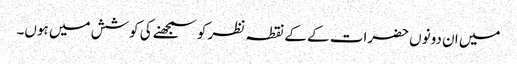
میں ان دونوں حضرات کے کے نقطہ نظر کو سمجھنے کی کوشش میں ہوں۔